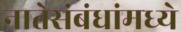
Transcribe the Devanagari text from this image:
नातेसंबंधांमध्ये